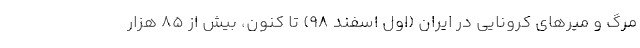
مرگ و میرهای کرونایی در ایران (اول اسفند 98) تا کنون، بیش از 85 هزار